Eesti_Vabariigi_Tartu_Ulikool, lk 3
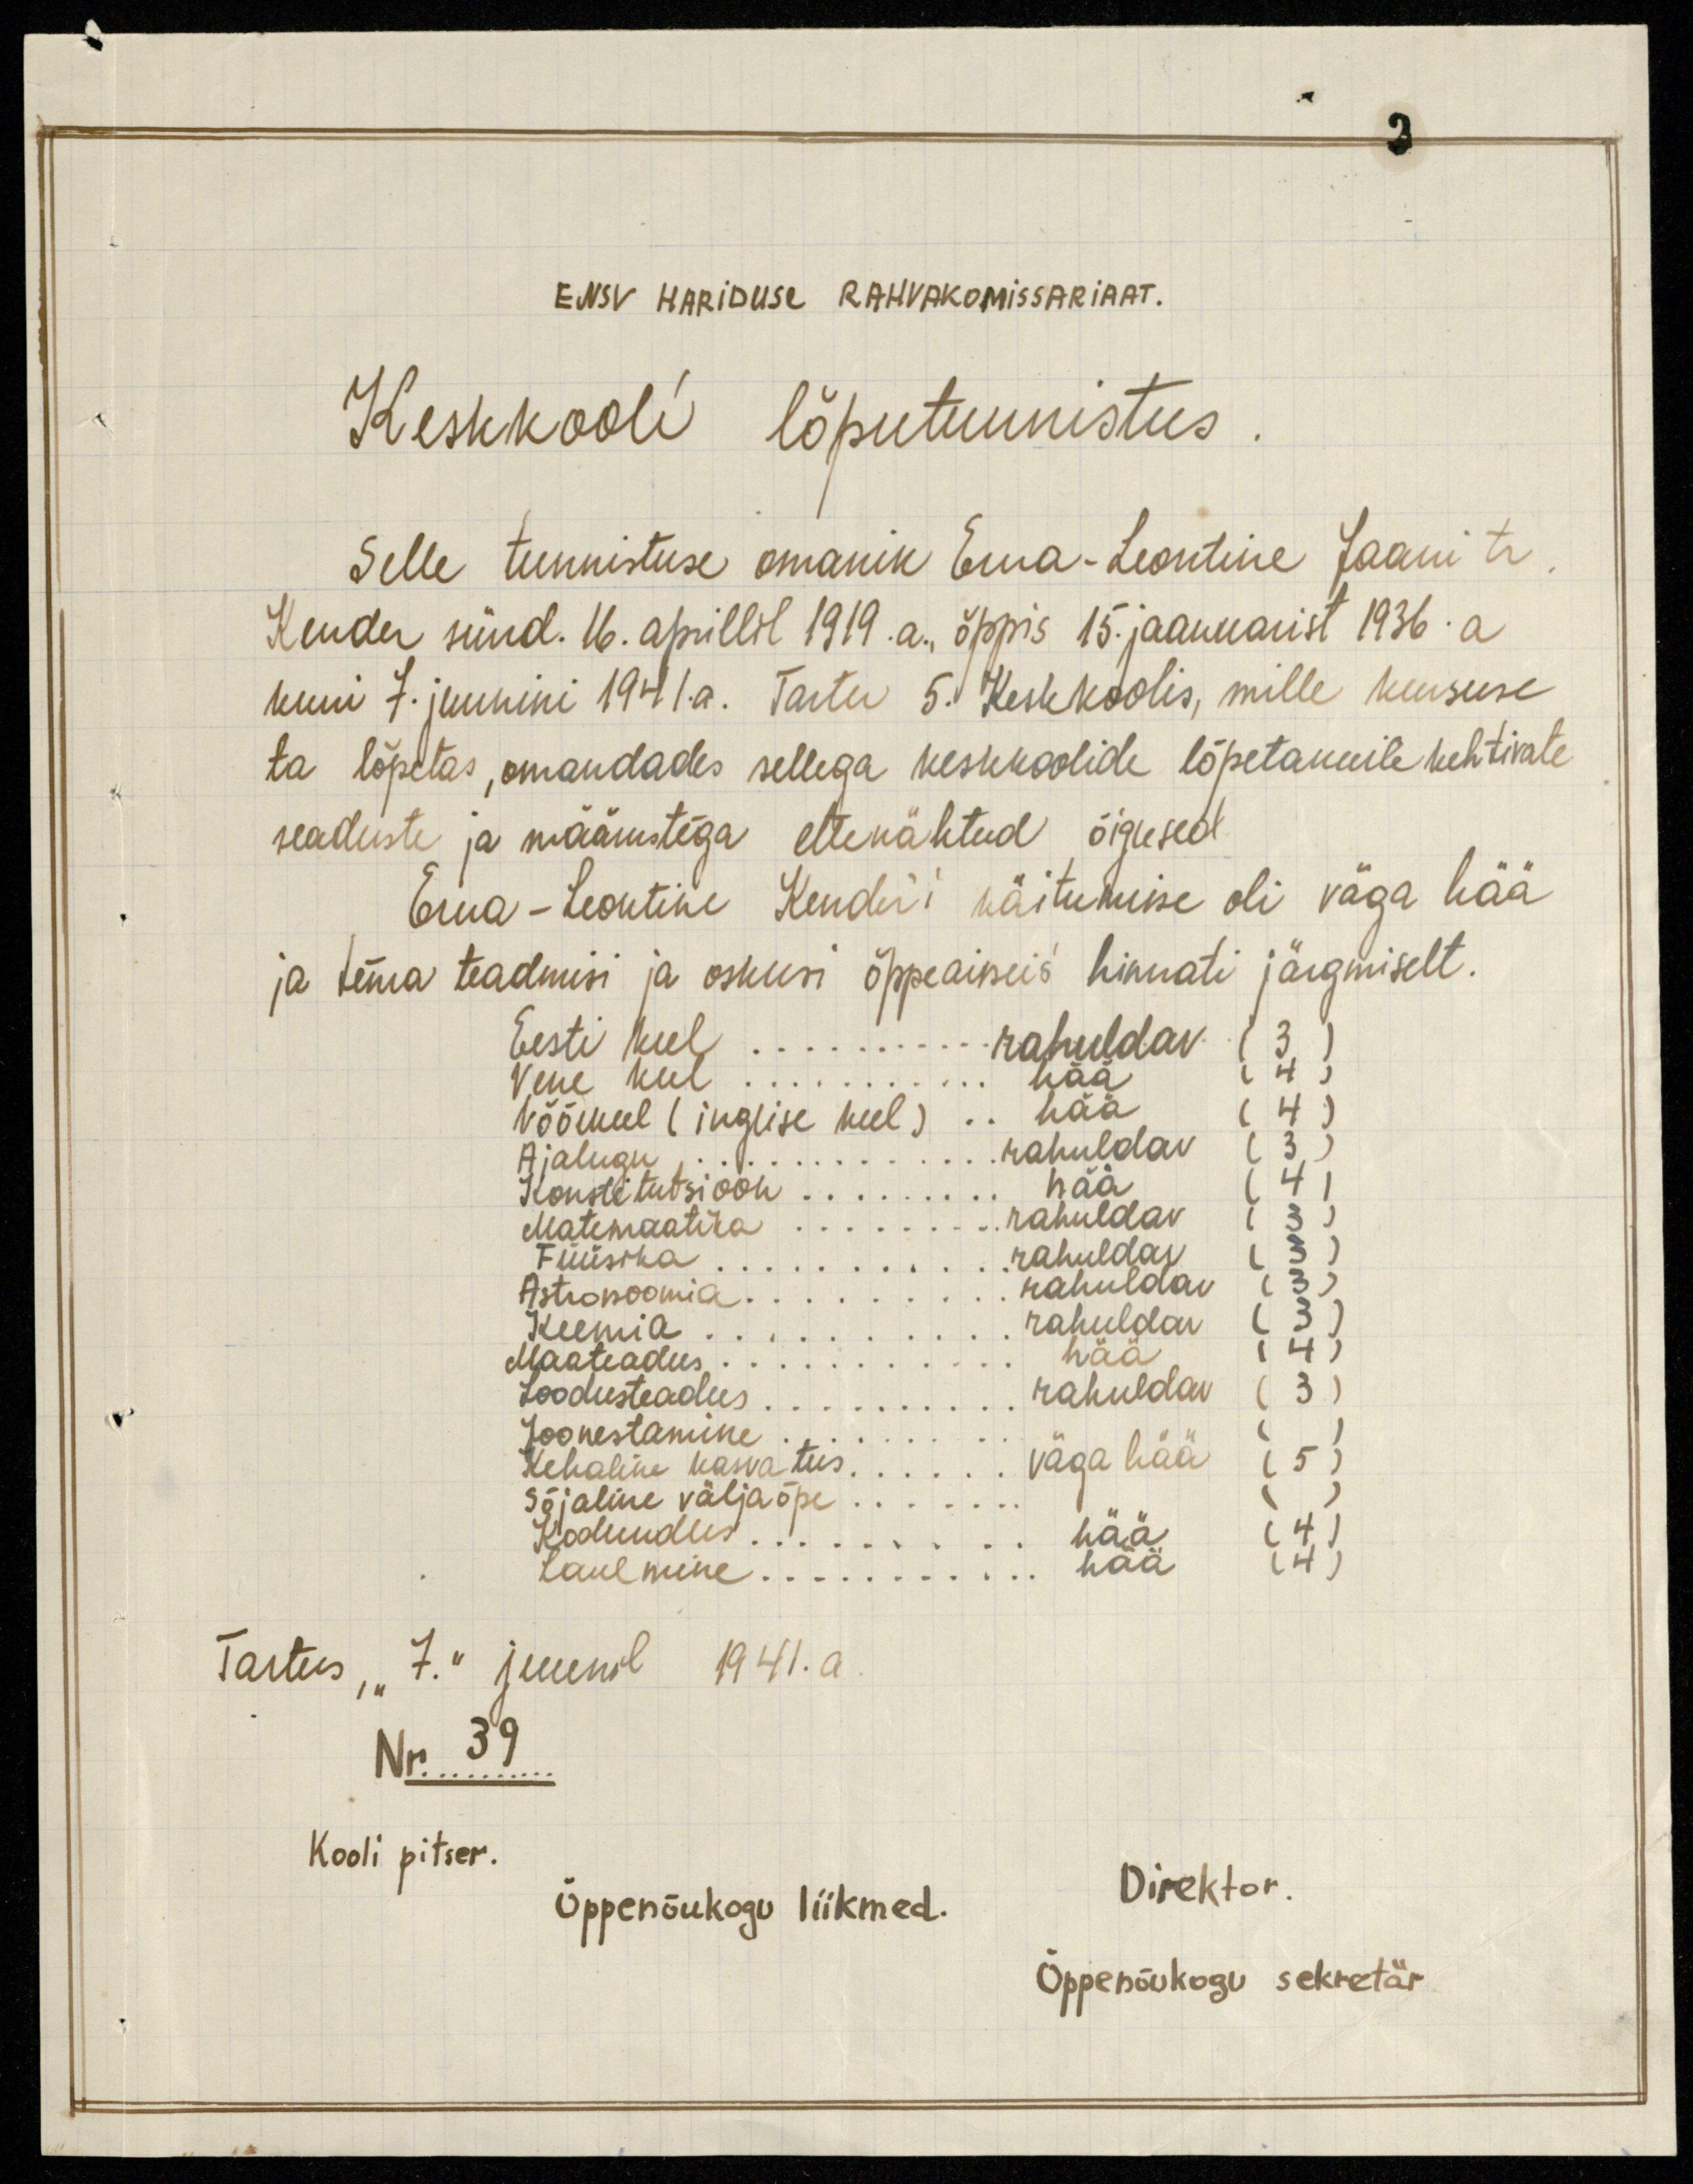
ENSV HARIDUSE RAHVAKOMISSARIAAT.
Keskkooli lõputunnistus.
Selle tunnistuse omanik Erna-Leontine Jaani tr.
Kender sünd. 16. aprillil 1919.a., õppis 15. jaanuarist 1936. a
kuni 7. juunini 1941.a. Tartu 5. Keskkoolis, mille kursuse
ta lõpetas, omandades sellega keskkoolide lõpetanuile kehtivate
seaduste ja määrustega ettenähtud õigused.
Erna-Leontine Kender'i käitumine oli väga hää
ja tema teadmisi ja oskusi õppeaineis hinnati järgmiselt.
Eesti keel ... rahuldav (3)
Vene keel ... hää (4)
Võõrkeel (inglise keel) ... hää (4)
Ajalugu... rahuldav (3)
Konstitutsioon .... hää (4)
Matemaatika ... rahuldav (3)
Füüsika ... rahuldav (3)
Astronoomia ... rahuldav (3)
Keemia ... rahuldav (3)
Maateadus ... hää (4)
Loodusteadus ... rahuldav (3)
Joonestamine ... ( )
Kehaline kasvatus ... väga hää (5)
Sõjaline väljaõpe ... (   )
Kodundus ... hää (4)
Laulmine ... hää (4)
Tartus,"7." juunil 1941. a
Nr. 39
Kooli pitser.
Õppenõukogu liikmed.
Direktor
Õppenõukogu sekretär